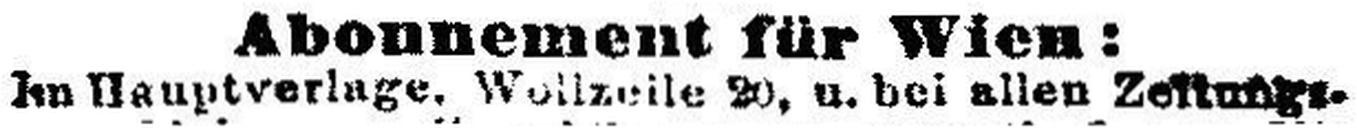
Im Hauptverlage, Wallzelle 20, u. bei allen Zeitungs¬